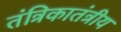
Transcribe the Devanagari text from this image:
तंत्रिकातंत्रीय